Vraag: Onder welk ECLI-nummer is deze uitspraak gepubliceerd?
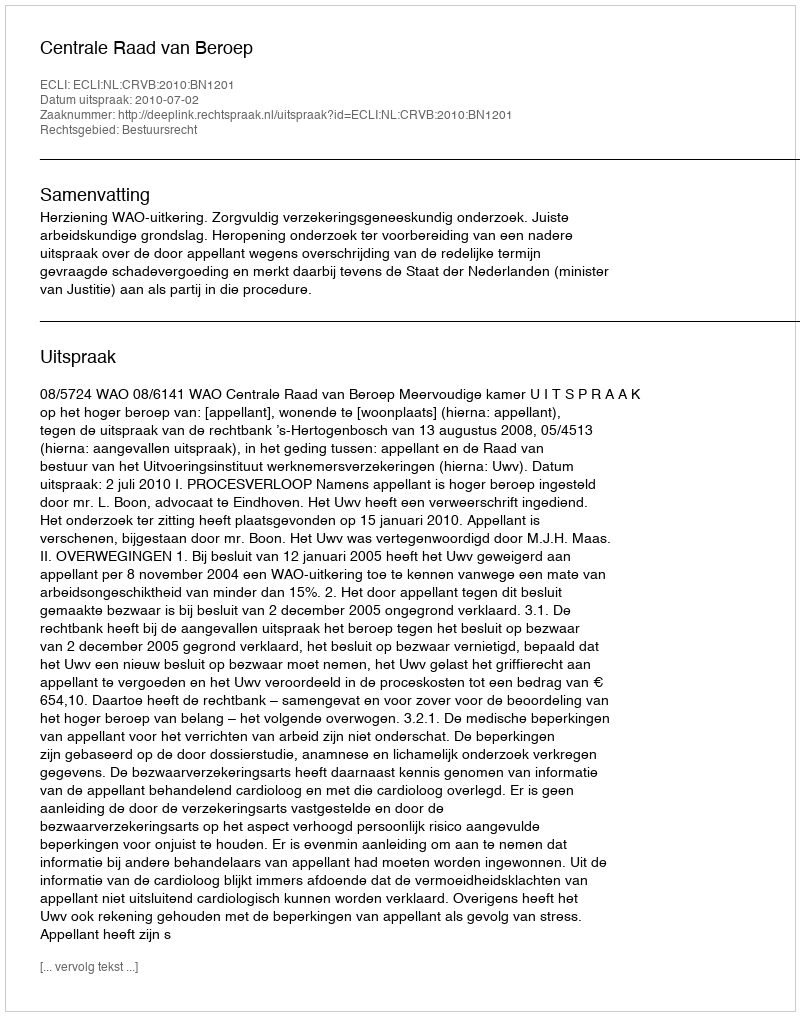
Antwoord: ECLI:NL:CRVB:2010:BN1201